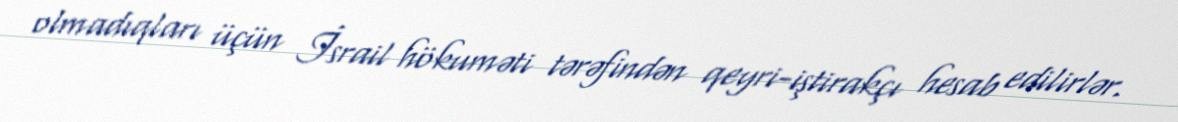
olmadıqları üçün İsrail hökuməti tərəfindən qeyri-iştirakçı hesab edilirlər.